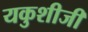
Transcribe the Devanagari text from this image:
यकुशीजी